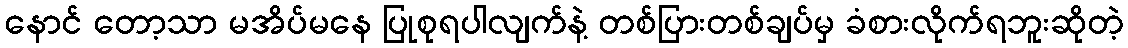
နောင် တော့သာ မအိပ်မနေ ပြုစုရပါလျက်နဲ့ တစ်ပြားတစ်ချပ်မှ ခံစားလိုက်ရဘူးဆိုတဲ့